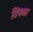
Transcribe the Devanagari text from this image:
डिंगळा